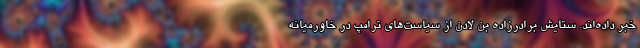
خبر داده‌اند. ستایش برادرزاده بن لادن از سیاست‌های ترامپ در خاورمیانه